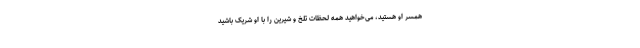
همسر او هستید، می‌خواهید همه لحظات تلخ و شیرین را با او شریک باشید